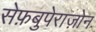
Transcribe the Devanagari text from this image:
सेफ़बुपेराज़ोन